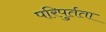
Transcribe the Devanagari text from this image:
परिपुर्तता